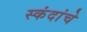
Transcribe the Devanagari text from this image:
स्कंदांचे